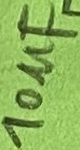
Text: 10µF